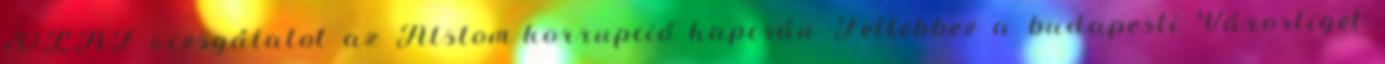
›OLAF vizsgálatot az Alstom-korrupció kapcsán Fellebbez a budapesti Városliget